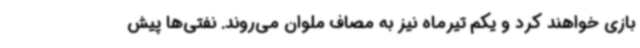
بازی خواهند کرد و یکم تیرماه نیز به مصاف ملوان می‌روند. نفتی‌ها پیش